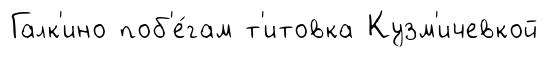
Галк'ино поб'е́гам т'итовка Кузм'ичевкой